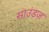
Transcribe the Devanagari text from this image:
साउंडज़